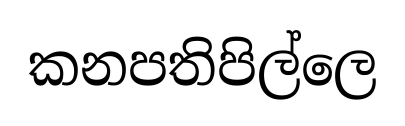
කනපතිපිල්ලෙ